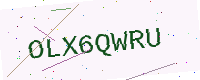
Text: OLX6QWRU